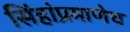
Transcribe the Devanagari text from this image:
सिंहांप्रमाणेच